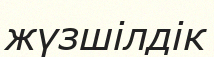
жүзшілдік